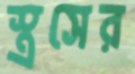
স্ত্রসের